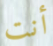
أنت